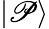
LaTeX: |\mathscr{P}\rangle